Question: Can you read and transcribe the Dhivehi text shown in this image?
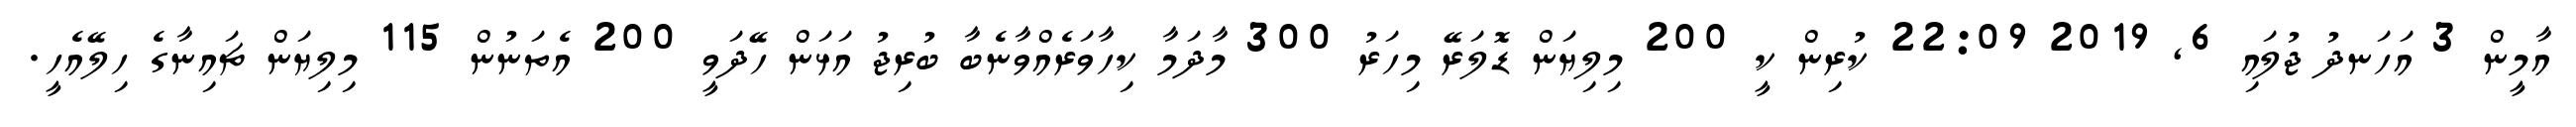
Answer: އާމީން 3 އަހަނދު ޖުލައި 6, 2019 22:09 ކުރިން ކީ 200 މިލިޔަން ޑޮލަރޭ މިހަރު 300 މާދަމާ ކިހާވަރެއްވާނެބާ ބުރިޖު އަޅަން ހޭދަވީ 200 އެތަނުން 115 މިލިޔަން ޗައިނާގެ ހިލޭއެހީ.